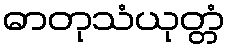
ဓာတုသံယုတ္တံ